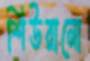
শিউরানো